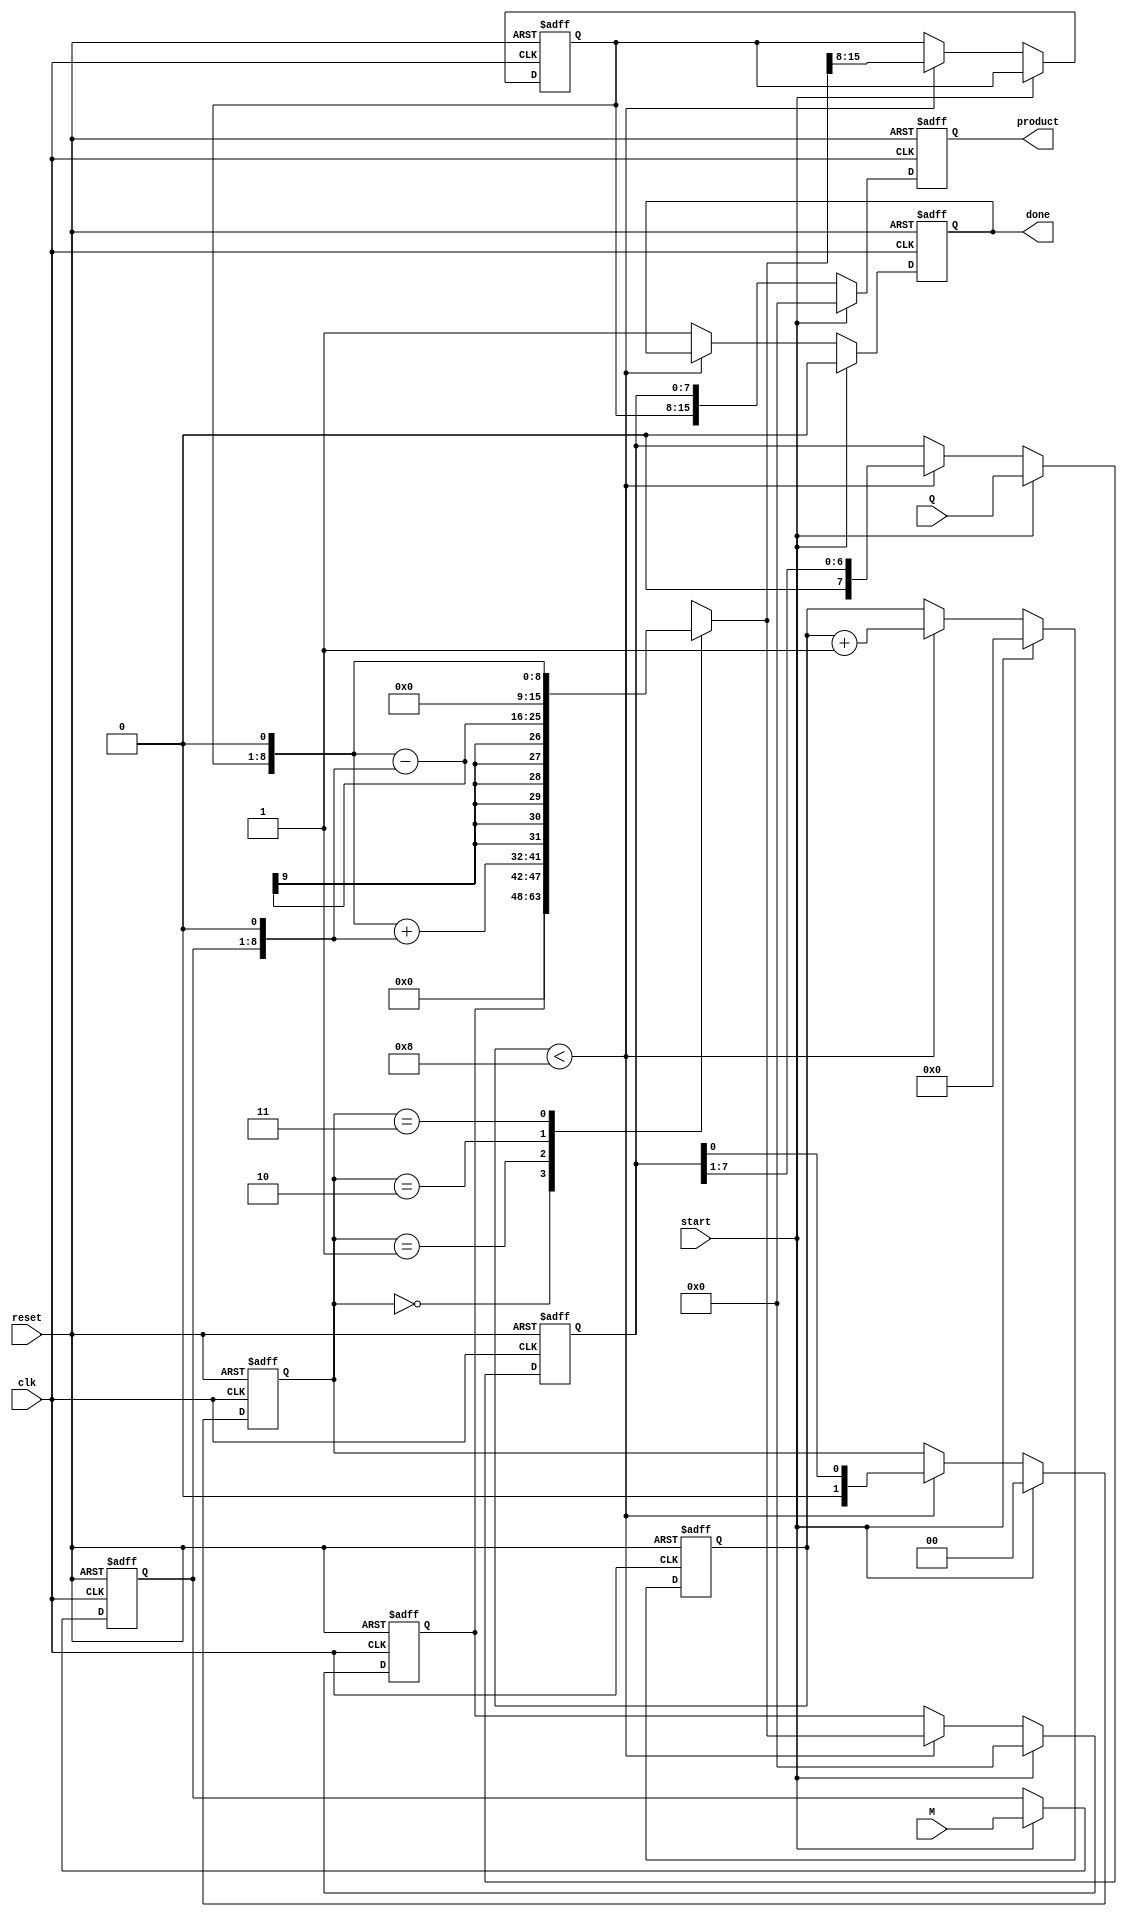
module modified_booth_multiplier #(
    parameter n = 8 // Bit-width of inputs
)(
    input  wire [n-1:0] M, // Multiplicand
    input  wire [n-1:0] Q, // Multiplier
    input  wire start,      // Control signal to start multiplication
    input  wire clk,        // Clock signal
    input  wire reset,      // Reset signal
    output reg [2*n-1:0] product, // 2n-bit product output
    output reg done         // Done flag
);

    reg [n-1:0] multiplicand; // Register for multiplicand
    reg [n-1:0] multiplier;    // Register for multiplier
    reg [n-1:0] partial_product; // Current value of the partial product
    reg [n:0] count;           // Counter for iterations
    reg [2*n-1:0] temp_product; // Temporary product storage

    // Booth's algorithm control variables
    reg [1:0] q_minus_1; // Holds the previous state of the multiplier bit
    reg [1:0] pair;       // Current pair of bits being analyzed

    always @(posedge clk or posedge reset) begin
        if (reset) begin
            product <= 0;
            multiplicand <= 0;
            multiplier <= 0;
            count <= 0;
            partial_product <= 0;
            temp_product <= 0;
            q_minus_1 <= 0;
            done <= 0;
        end else if (start) begin
            // Load inputs
            multiplicand <= M;
            multiplier <= Q;
            temp_product <= 0;
            count <= 0;
            product <= 0;
            q_minus_1 <= 0;
            done <= 0;
        end else if (count < n) begin
            // Determine the current pair: (Q[0], q_minus_1)
            pair = {multiplier[0], q_minus_1};

            case (pair)
                2'b00: begin
                    // Do nothing
                end
                2'b01: begin
                    // Add multiplicand to product
                    temp_product = {partial_product, 1'b0} + {multiplicand, 1'b0}; // Adjust for shifting
                end
                2'b10: begin
                    // Subtract multiplicand from product
                    temp_product = {partial_product, 1'b0} - {multiplicand, 1'b0}; // Adjust for shifting
                end
                2'b11: begin
                    // Do nothing, retain the value
                    temp_product = {partial_product, 1'b0}; // Retain the current state
                end
            endcase
            
            // Update partial product and determine the next state
            partial_product <= temp_product[2*n-1:n]; // Shift right
            product <= {partial_product, multiplier}; // Combine product with current multiplier
            multiplier <= {1'b0, multiplier[n-1:1]}; // Shift multiplier to right
            q_minus_1 <= multiplier[0]; // Update q_minus_1 for next iteration
            count <= count + 1; // Increment iteration counter
        end else begin
            // Multiplication finished
            product <= {partial_product, multiplier};
            done <= 1;
        end
    end

endmodule